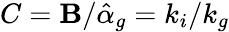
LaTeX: C=\mathbf{B}/{\hat{{\alpha}}_{g}}=k_{i}/k_{g}